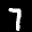
Label: 7